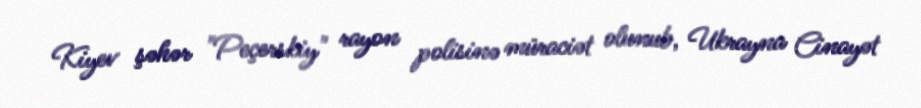
Kiyev şəhər "Peçerskiy" rayon polisinə müraciət olunub, Ukrayna Cinayət